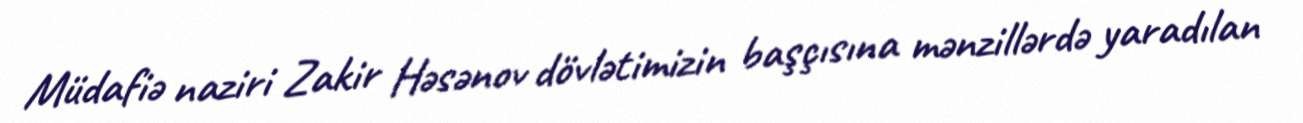
Müdafiə naziri Zakir Həsənov dövlətimizin başçısına mənzillərdə yaradılan